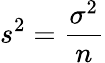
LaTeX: s^{2}={\frac{\sigma^{2}}{n}}